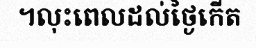
។លុះពេលដល់ថ្ងៃកើត